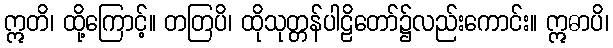
ဣတိ၊ ထို့ကြောင့်။ တတြပိ၊ ထိုသုတ္တန်ပါဠိတော်၌လည်းကောင်း။ ဣဓာပိ၊